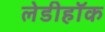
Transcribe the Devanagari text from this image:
लेडीहॉक